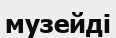
музейді